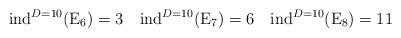
LaTeX: \begin{align*}{\rm ind}^{D=10}({\rm E}_6)=3 \quad {\rm ind}^{D=10}({\rm E}_7)=6 \quad {\rm ind}^{D=10}({\rm E}_{8})=11\end{align*}